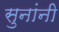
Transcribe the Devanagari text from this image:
सुनांनी